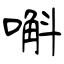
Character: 嘝